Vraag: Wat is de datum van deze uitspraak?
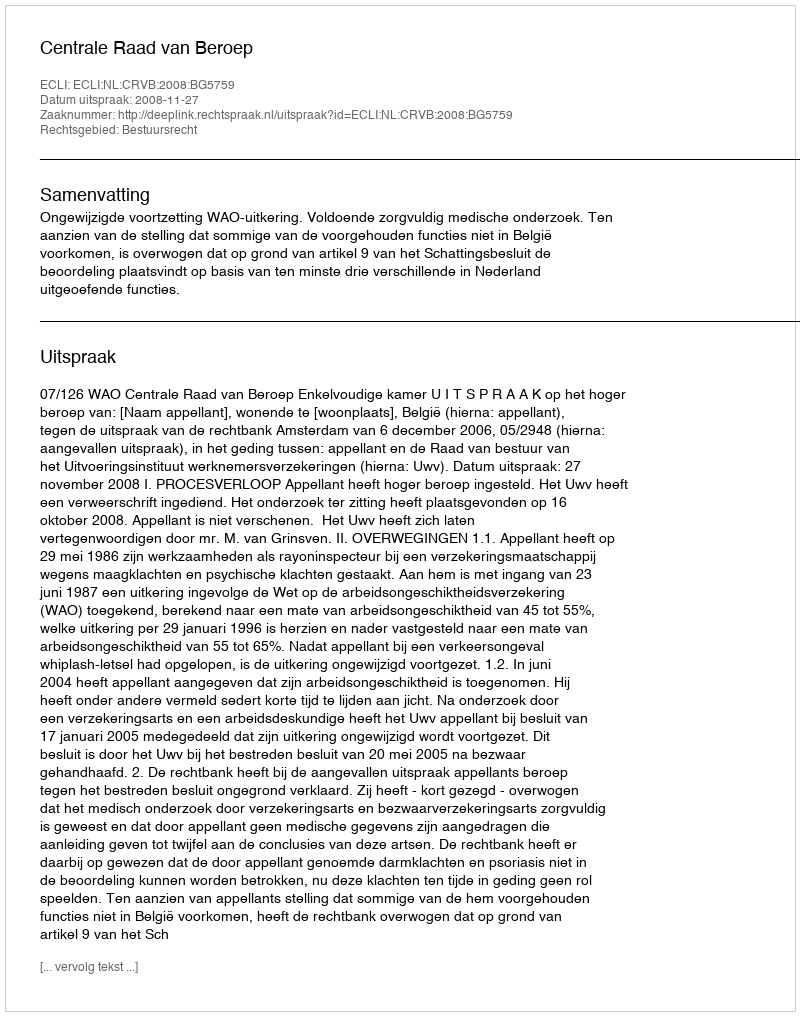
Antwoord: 2008-11-27